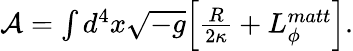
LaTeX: \begin{array}{r}{\mathcal{A}=\int d^{4}x\sqrt{-g}\Big[\frac{R}{2\kappa}+L_{\phi}^{matt}\Big].}\end{array}